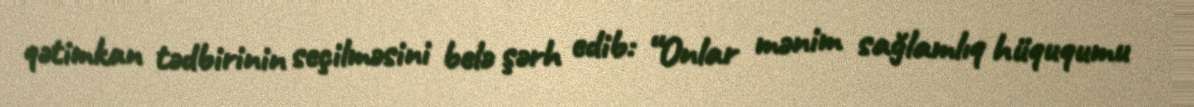
qətimkan tədbirinin seçilməsini belə şərh edib: “Onlar mənim sağlamlıq hüququmu